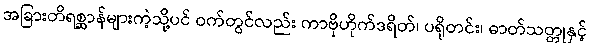
အခြားတိရစ္ဆာန်များကဲ့သို့ပင် ဝက်တွင်လည်း ကာဗိုဟိုက်ဒရိတ်၊ ပရိုတင်း၊ ဓာတ်သတ္တုနှင့်